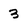
Character: 3